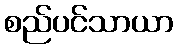
စည်ပင်သာယာ